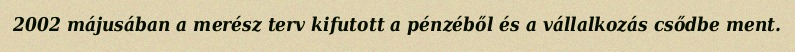
2002 májusában a merész terv kifutott a pénzéből és a vállalkozás csődbe ment.